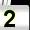
Digit: 2